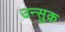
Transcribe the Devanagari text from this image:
उन्सुक